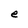
Character: e